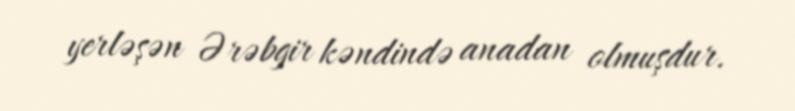
yerləşən Ərəbgir kəndində anadan olmuşdur.